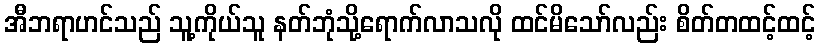
အီဘရာဟင်သည် သူ့ကိုယ်သူ နတ်ဘုံသို့ရောက်လာသလို ထင်မိသော်လည်း စိတ်တထင့်ထင့်